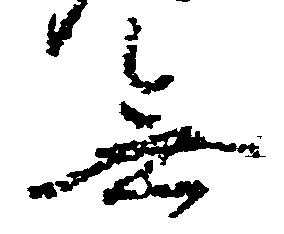
無